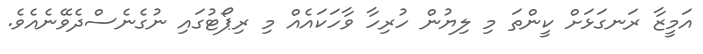
އަމީޒާ ރަނގަޅަށް ކީންތަ މި ލިޔުން ހުރިހާ ވާހަކައެއް މި ރިޕޯޓުގައި ނުގެނެސްދެވޭނެއެވެ.